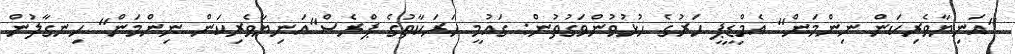
"އަނިޔާވެރިކަން ނިންމަން" އެމްޑީޕީ ހަރުގެ ހުޅުވުންވަގުތުން: ގައުމީ ހަރަކާތުގެ ޕްރެސް"އަނިޔާވެރިކަން ނިންމަން" ހިނގާލުން